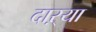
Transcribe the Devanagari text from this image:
दाऱ्या